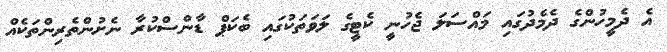
އެ ދެމީހުންގެ ދެމެދުގައި މައްސަލަ ޖެހުނީ ކެޓީގެ ލަވަތަކުގައި ބެކަޕް ޑާންސްކުރާ ނެށުންތެރިންތަކެއް